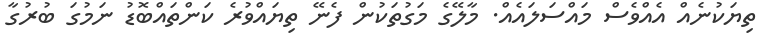
ތިޔަކުނެއް އެއްވެސް މައްސަލައެއް. މާލޭގެ މަގުތަކުން ފެނޭ ތިޔައްވުރެ ކަންތައްބޮޑު ނަމުގަ ބުރުގާ